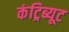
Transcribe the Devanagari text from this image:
कंट्रिब्यूट